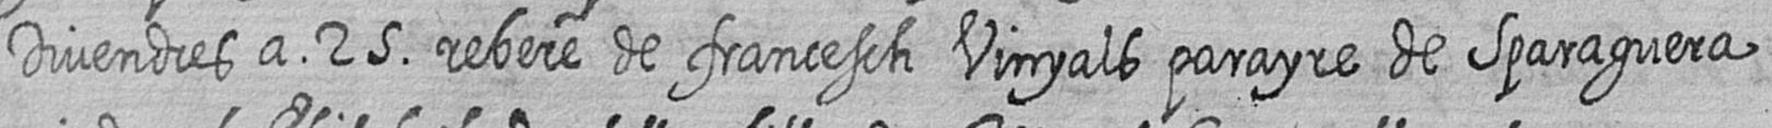
Divendres a 25 rebere de francesch Vinyals parayre de Sparaguera